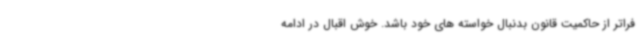
فراتر از حاکمیت قانون بدنبال خواسته های خود باشد. خوش اقبال در ادامه